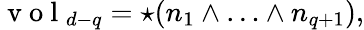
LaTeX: \mathrm{~v~o~l~}_{d-q}={\star(n_{1}\wedge\ldots\wedge n_{q+1})},